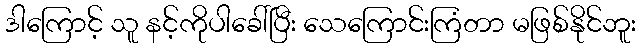
ဒါကြောင့် သူ နင့်ကိုပါခေါ်ပြီး သေကြောင်းကြံတာ မဖြစ်နိုင်ဘူး